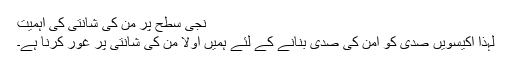
نجی سطح پر من کی شانتی کی اہمیت
لہٰذا اکیسویں صدی کو امن کی صدی بنانے کے لئے ہمیں اولاً من کی شانتی پر غور کرنا ہے۔